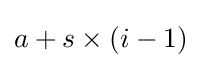
a+s\times (i-1)